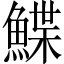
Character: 鰈